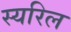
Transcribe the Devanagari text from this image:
स्यरिल